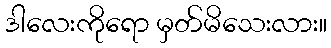
ဒါလေးကိုရော မှတ်မိသေးလား။